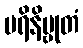
ပရိနိဗ္ဗုတံ